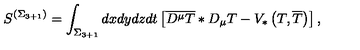
S ^ { \left( \Sigma _ { 3 + 1 } \right) } = \int _ { \Sigma _ { 3 + 1 } } d x d y d z d t \left[ \overline { { D ^ { \mu } T } } * D _ { \mu } T - V _ { * } \left( T , \overline { { T } } \right) \right] ,